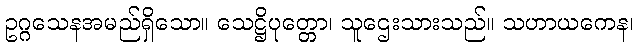
ဥဂ္ဂသေနအမည်ရှိသော။ သေဋ္ဌိပုတ္တော၊ သူဌေးသားသည်။ သဟာယကေန၊